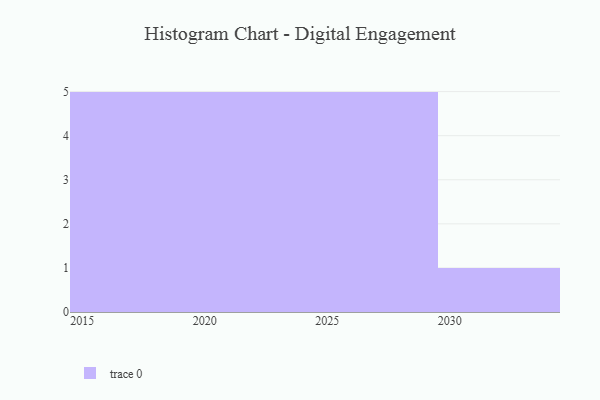
{"axis": {"x": "Year", "y": "Net Income (USD K)"}, "legend": [""], "data": [{"x": "2030", "y": 80, "type": ""}, {"x": "2027", "y": 26, "type": ""}, {"x": "2028", "y": 29, "type": ""}, {"x": "2017", "y": 58, "type": ""}, {"x": "2020", "y": 57, "type": ""}, {"x": "2019", "y": 68, "type": ""}, {"x": "2022", "y": 55, "type": ""}, {"x": "2015", "y": 95, "type": ""}, {"x": "2018", "y": 50, "type": ""}, {"x": "2024", "y": 55, "type": ""}, {"x": "2021", "y": 15, "type": ""}, {"x": "2025", "y": 58, "type": ""}, {"x": "2026", "y": 44, "type": ""}, {"x": "2029", "y": 82, "type": ""}, {"x": "2016", "y": 23, "type": ""}, {"x": "2023", "y": 19, "type": ""}]}